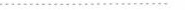
……